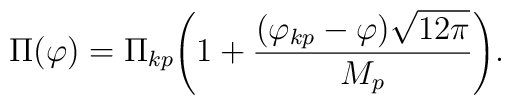
\Pi(\varphi)=\Pi_{kp}\Biggl(1 +\frac{ (\varphi_{kp}-\varphi)\sqrt{12 \pi}}{M_{p}} \Biggr).